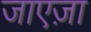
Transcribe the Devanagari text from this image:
जाएज़ा